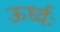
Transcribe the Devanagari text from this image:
ऊर्ध्वः